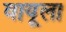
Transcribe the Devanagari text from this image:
वायूला